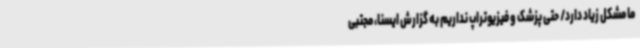
ما مشکل زیاد دارد/ حتی پزشک و فیزیوتراپ نداریم به گزارش ایسنا، مجتبی